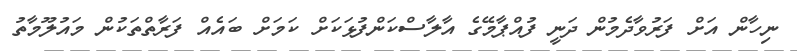
ނިހާން އަށް ފަރުވާދެމުން ދަނީ ފުއްޕާމޭގެ އާލާސްކަންފުޅަކަށް ކަމަށް ބައެއް ފަރާތްތަކުން މައުލޫމާތު